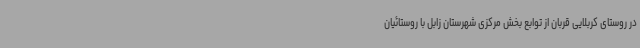
در روستای کربلایی قربان از توابع بخش مرکزی شهرستان زابل با روستائیان